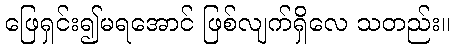
ဖြေရှင်း၍မရအောင် ဖြစ်လျက်ရှိလေ သတည်း။